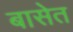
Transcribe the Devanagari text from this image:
बासेत